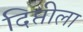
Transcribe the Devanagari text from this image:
दिप्तीला